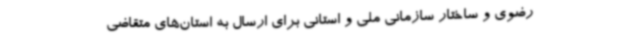
رضوی و ساختار سازمانی ملی و استانی برای ارسال به استان‌های متقاضی